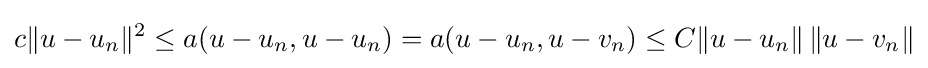
c\|u-u_{n}\|^{2}\leq a(u-u_{n},u-u_{n})=a(u-u_{n},u-v_{n})\leq C\|u-u_{n}\|\,\|u-v_{n}\|